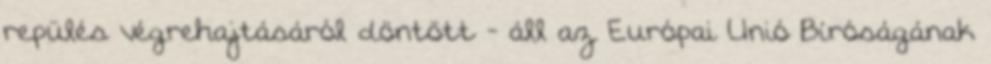
repülés végrehajtásáról döntött - áll az Európai Unió Bíróságának